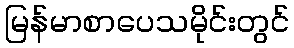
မြန်မာစာပေသမိုင်းတွင်